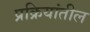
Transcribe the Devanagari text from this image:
प्रक्रियांतील